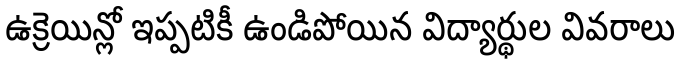
ఉక్రెయిన్లో ఇప్పటికీ ఉండిపోయిన విద్యార్థుల వివరాలు